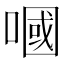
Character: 嘓